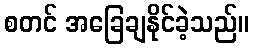
စတင် အခြေချနိုင်ခဲ့သည်။